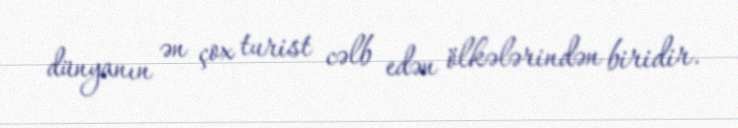
dünyanın ən çox turist cəlb edən ölkələrindən biridir.